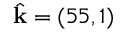
\hat { \mathbf { k } } = ( 5 5 , 1 )